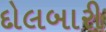
દોલબારી